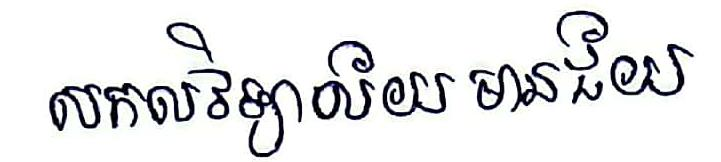
សកលវិទ្យាល័យ មានជ័យ